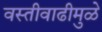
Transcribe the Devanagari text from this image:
वस्तीवाढीमुळे